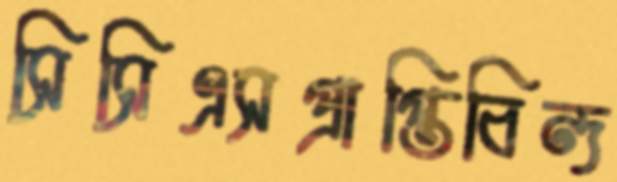
সিসিএসপ্রাপ্তিবিন্দ